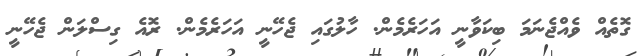
ގޮތެއް ވެއްޖެނަމަ ބިކަވާނީ އަހަރެމެން. ހާލުގައި ޖެހޭނީ އަހަރެމެން. ރޮއެ ގިސްލަން ޖެހޭނީ